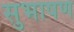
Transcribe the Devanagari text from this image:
सुभाषण